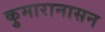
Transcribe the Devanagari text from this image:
कुमारानासन